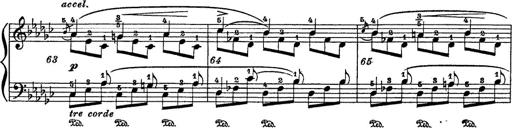
Title: 6 Polish Songs
Composer: Franz Liszt